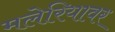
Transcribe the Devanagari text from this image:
मलेरियावर